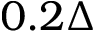
0 . 2 \Delta